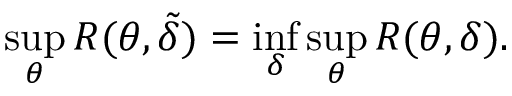
\operatorname* { s u p } _ { \theta } R ( \theta , { \tilde { \delta } } ) = \operatorname* { i n f } _ { \delta } \operatorname* { s u p } _ { \theta } R ( \theta , \delta ) .